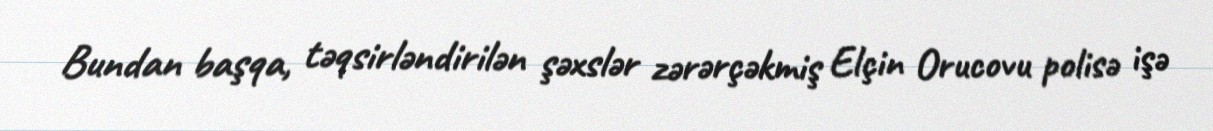
Bundan başqa, təqsirləndirilən şəxslər zərərçəkmiş Elçin Orucovu polisə işə